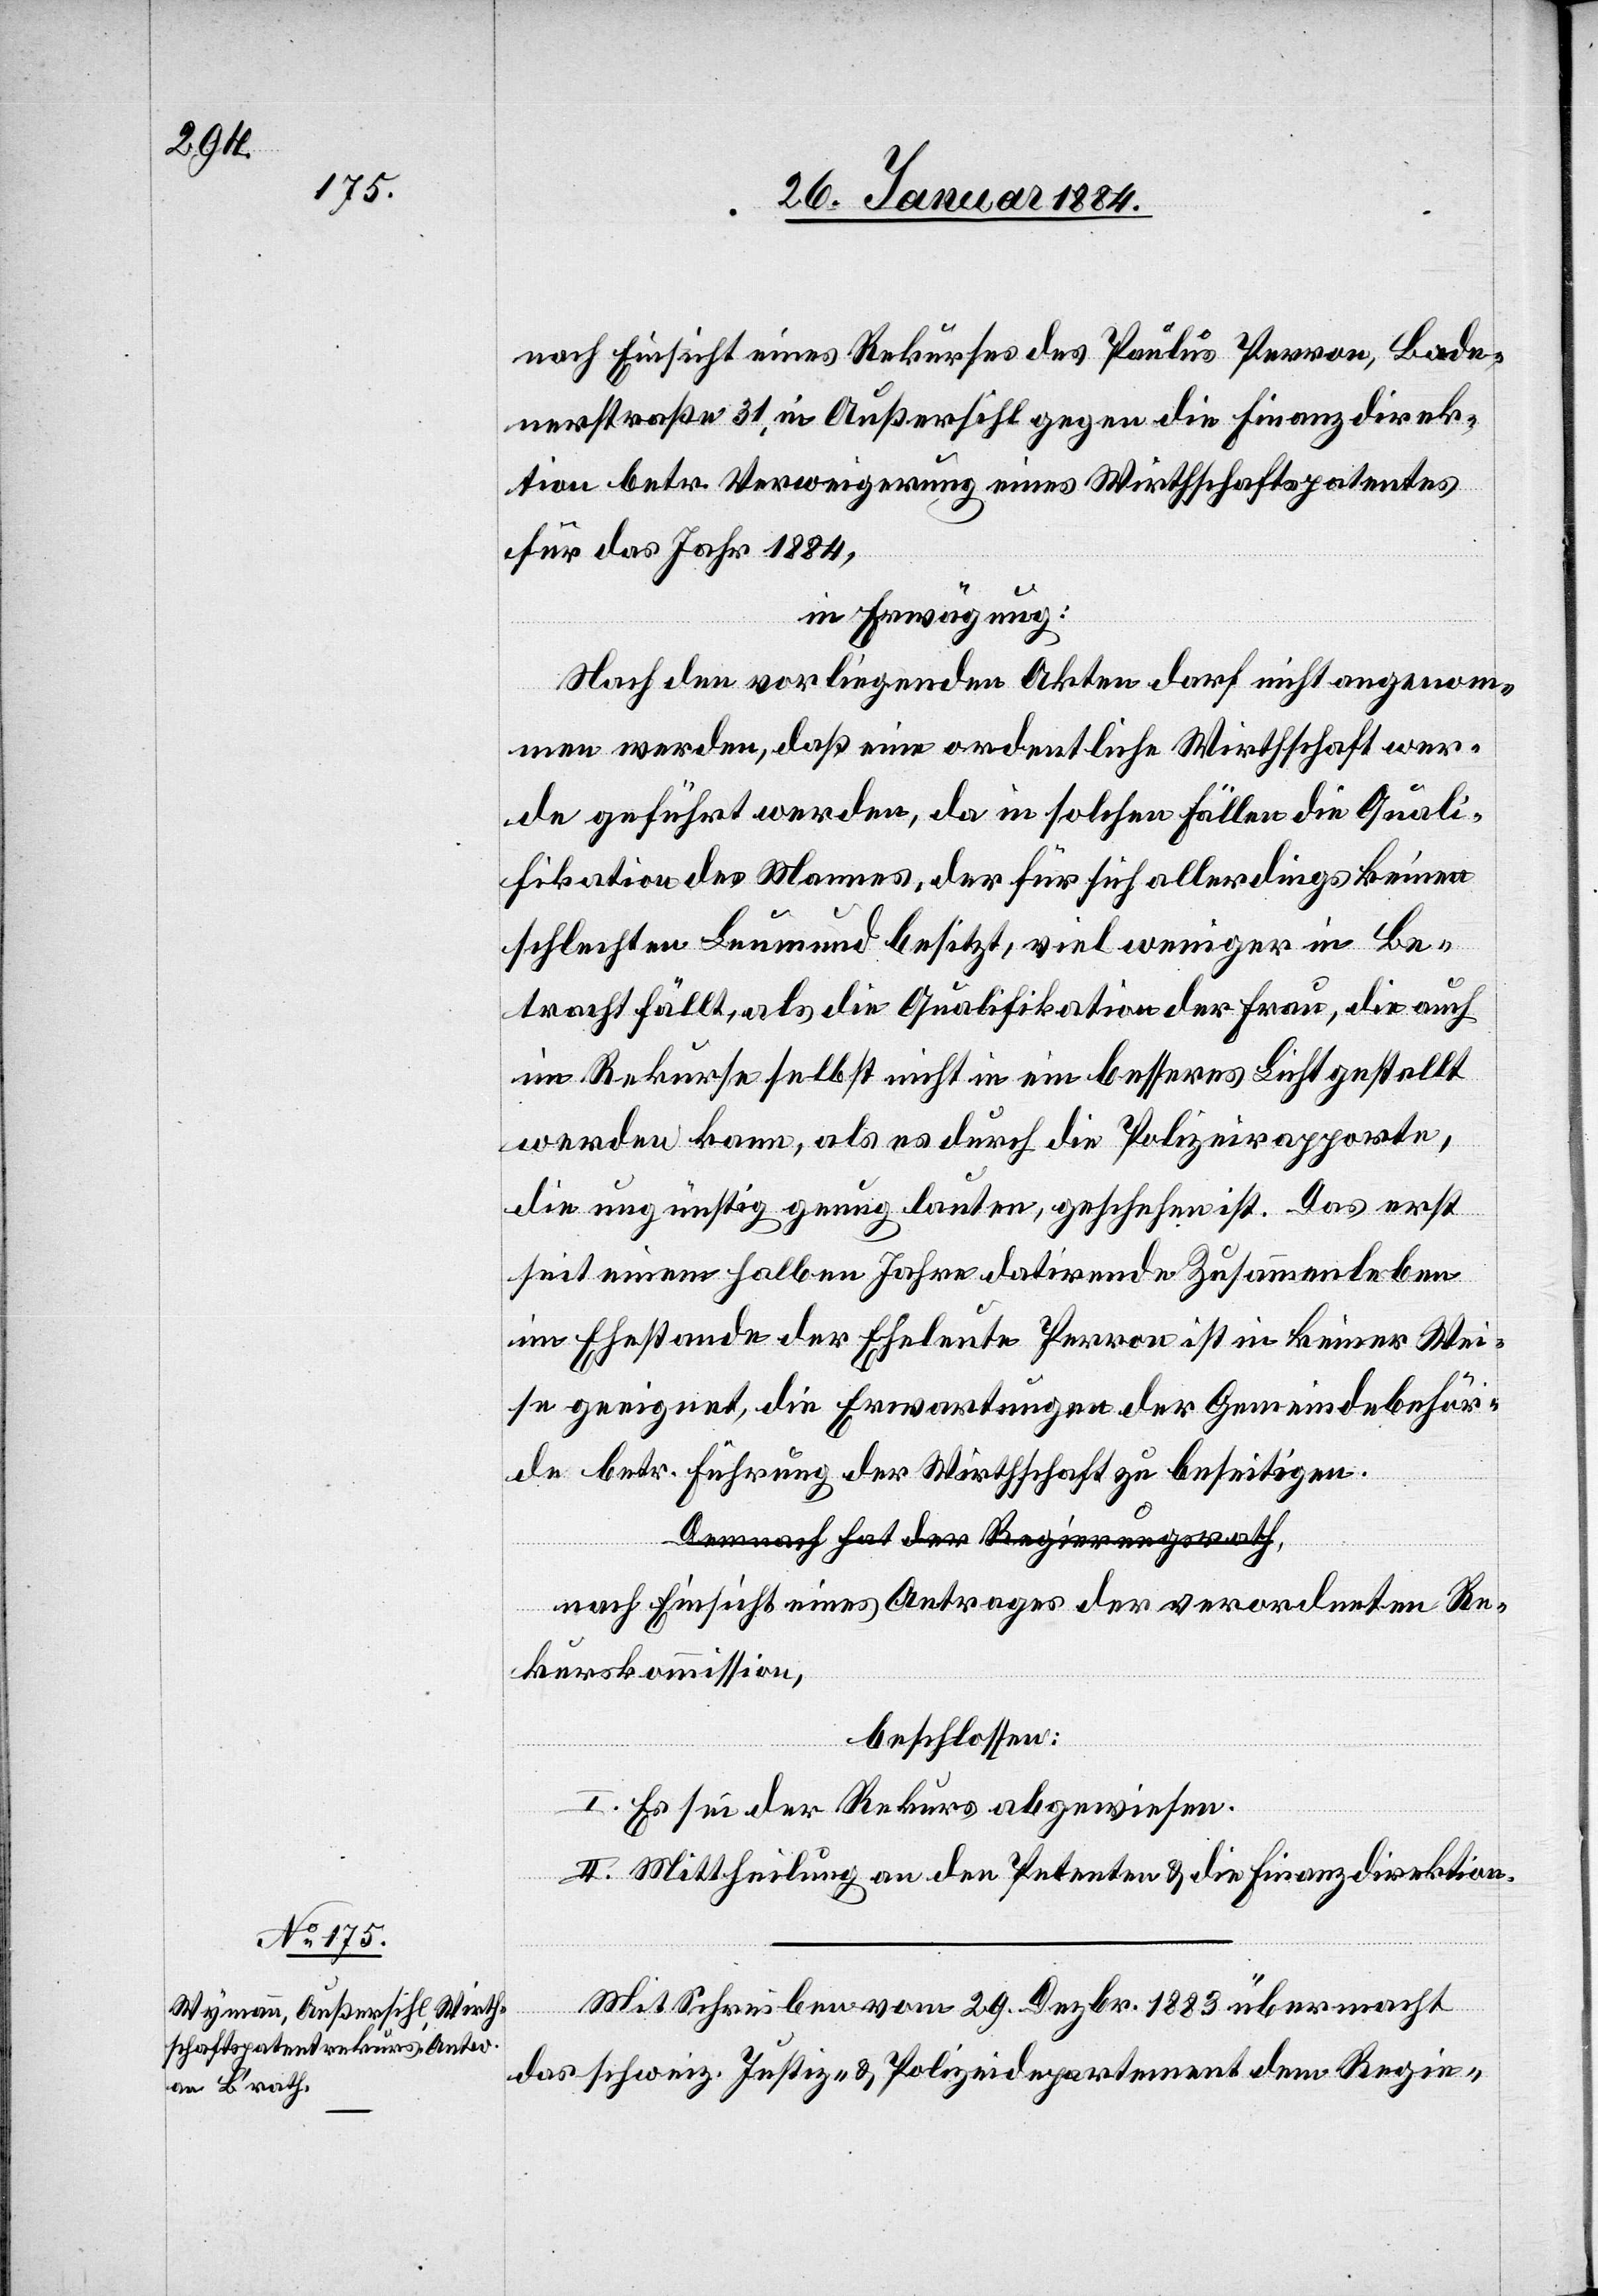
nach Einsicht eines Rekurses des Paulus Perron, Bade¬
nerstraße 31, in Außersihl gegen die Finanzdirek¬
tion betr. Verweigerung eines Wirthschaftspatentes
für das Jahr 1884,
in Erwägung:
Nach den vorliegenden Akten darf nicht angenom¬
men werden, daß eine ordentliche Wirthschaft wer¬
de geführt werden, da in solchen Fällen die Quali¬
fikation des Namens der für sich allerdings keinen
schlechten Leumund besitzt, viel weniger in Be¬
tracht fällt, als die Qualifikation der Frau, die auch
im Rekurse selbst nicht in ein besseres Licht gestellt
werden kann, als es durch die Polizeirapporte,
die ungünstig genug lauten, geschehen ist. Das erst
seit einem halben Jahre datirende Zusammenleben
im Ehestande der Eheleute Perron ist in keiner We¬
se geeignet, die Erwartungen der Gemeindebehör¬
de betr. Führung der Wirthschaft zu beseitigen.
Nach Einsicht eines Antrages der verordneten Re¬
kurskommission,
beschlossen:
I. Es sei der Rekurs abgewiesen.
II. Mittheilung an den Petenten & die Finanzdirektion.
Mit Schreiben vom 29. Dezbr. 1883 übermacht
das schweiz. Justiz- & Polizeidepartement dem Regie-